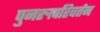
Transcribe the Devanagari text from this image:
पुनरुत्परिवर्तन